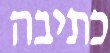
כתיבה